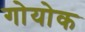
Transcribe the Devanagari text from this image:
गोयोक